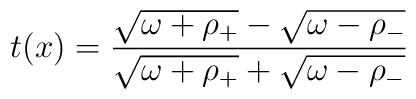
t(x)={\frac{\sqrt{\omega +\rho _{+}}-\sqrt{\omega -\rho _{-}}}{\sqrt{\omega+\rho _{+}}+\sqrt{\omega -\rho _{-}}}}